Annual report on the working of the lock hospitals in the North-Western Provinces and Oudh
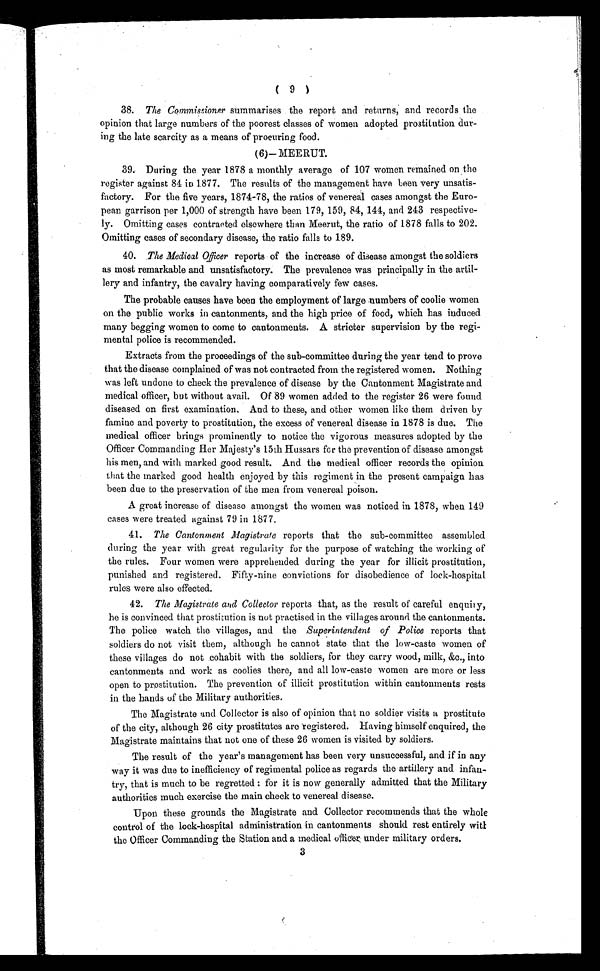
( 9 )
38. The Commissioner summarises the report and returns, and records the
opinion that large numbers of the poorest classes of women adopted prostitution dur-
ing the late scarcity as a means of procuring food.
(6)— MEERUT.
39. During the year 1878 a monthly average of 107 women remained on the
register against 84 in 1877. The results of the management have been very unsatis-
factory. For the five years, 1874-78, the ratios of venereal cases amongst the Euro-
pean garrison per 1,000 of strength have been 179, 159, 84, 144, and 243 respective-
ly. Omitting cases contracted elsewhere than Meerut, the ratio of 1878 falls to 202.
Omitting cases of secondary disease, the ratio falls to 189.
40. The Medical Officer reports of the increase of disease amongst the soldiers
as most remarkable and unsatisfactory. The prevalence was principally in the artil-
lery and infantry, the cavalry having comparatively few cases.
The probable causes have been the employment of large numbers of coolie women
on the public works in cantonments, and the high price of food, which has induced
many begging women to come to cantonments. A stricter supervision by the regi-
mental police is recommended.
Extracts from the proceedings of the sub-committee during the year tend to prove
that the disease complained of was not contracted from the registered women. Nothing
was left undone to check the prevalence of disease by the Cantonment Magistrate and
medical officer, but without avail. Of 89 women added to the register 26 were found
diseased on first examination. And to these, and other women like them driven by
famine and poverty to prostitution, the excess of venereal disease in 1878 is due. The
medical officer brings prominently to notice the vigorous measures adopted by the
Officer Commanding Her Majesty's 15th Hussars for the prevention of disease amongst
his men, and with marked good result. And the medical officer records the opinion
that the marked good health enjoyed by this regiment in the present campaign has
been due to the preservation of the men from venereal poison.
A great increase of disease amongst the women was noticed in 1878, when 149
cases were treated against 79 in 1877.
41. The Cantonment Magistrate reports that the sub-committee assembled
during the year with great regularity for the purpose of watching the working of
the rules. Four women were apprehended during the year for illicit prostitution,
punished and registered. Fifty-nine convictions for disobedience of lock-hospital
rules were also effected.
42. The Magistrate and Collector reports that, as the result of careful enquiry,
he is convinced that prostitution is not practised in the villages around the cantonments.
The police watch the villages, and the Superintendent of Police reports that
soldiers do not visit them, although he cannot state that the low-caste women of
these villages do not cohabit with the soldiers, for they carry wood, milk, &c., into
cantonments and work as coolies there, and all low-caste women are more or less
open to prostitution. The prevention of illicit prostitution within cantonments rests
in the hands of the Military authorities,
The Magistrate and Collector is also of opinion that no soldier visits a prostitute
of the city, although 26 city prostitutes are registered. Having himself enquired, the
Magistrate maintains that not one of these 26 women is visited by soldiers.
The result of the year's management has been very unsuccessful, and if in any
way it -was due to inefficiency of regimental police as regards the artillery and infan-
try, that is much to be regretted : for it is now generally admitted that the Military
authorities much exercise the main check to venereal disease.
Upon these grounds the Magistrate and Collector recommends that the whole
control of the lock-hospital administration in cantonments should rest entirely with
the Officer Commanding the Station and a medical officer under military orders.